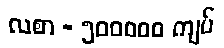
လစာ - ၅၀၀၀၀၀ ကျပ်